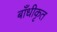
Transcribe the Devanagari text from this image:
बाँधीकृत